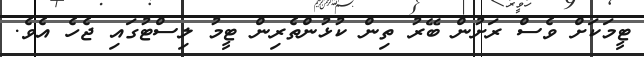
ޓީމަކަށް ވެސް ރަށުން ބޭރު ތިން ކުޅުންތެރިން ޓީމު ލިސްޓުގައި ޖެހެ އެވެ.